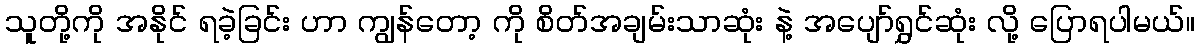
သူတို့ကို အနိုင် ရခဲ့ခြင်း ဟာ ကျွန်တော့ ကို စိတ်အချမ်းသာဆုံး နဲ့ အပျော်ရွှင်ဆုံး လို့ ပြောရပါမယ်။